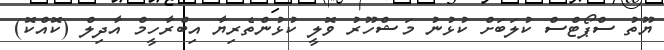
ޔޫތު ސްޕޯޓްސް ކުލަބަށް ކުޅުނު މަޝްހޫރު ވޮލީ ކުޅުންތެރިޔާ އިބްރާހީމް އާދިލް (ކޮއްކޮ)